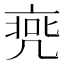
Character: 𠅭